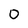
Character: 0